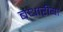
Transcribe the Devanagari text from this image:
बंधारीया